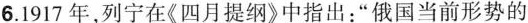
6. 1917年，列宁在《四月提纲》中指出：”俄国当前形势的